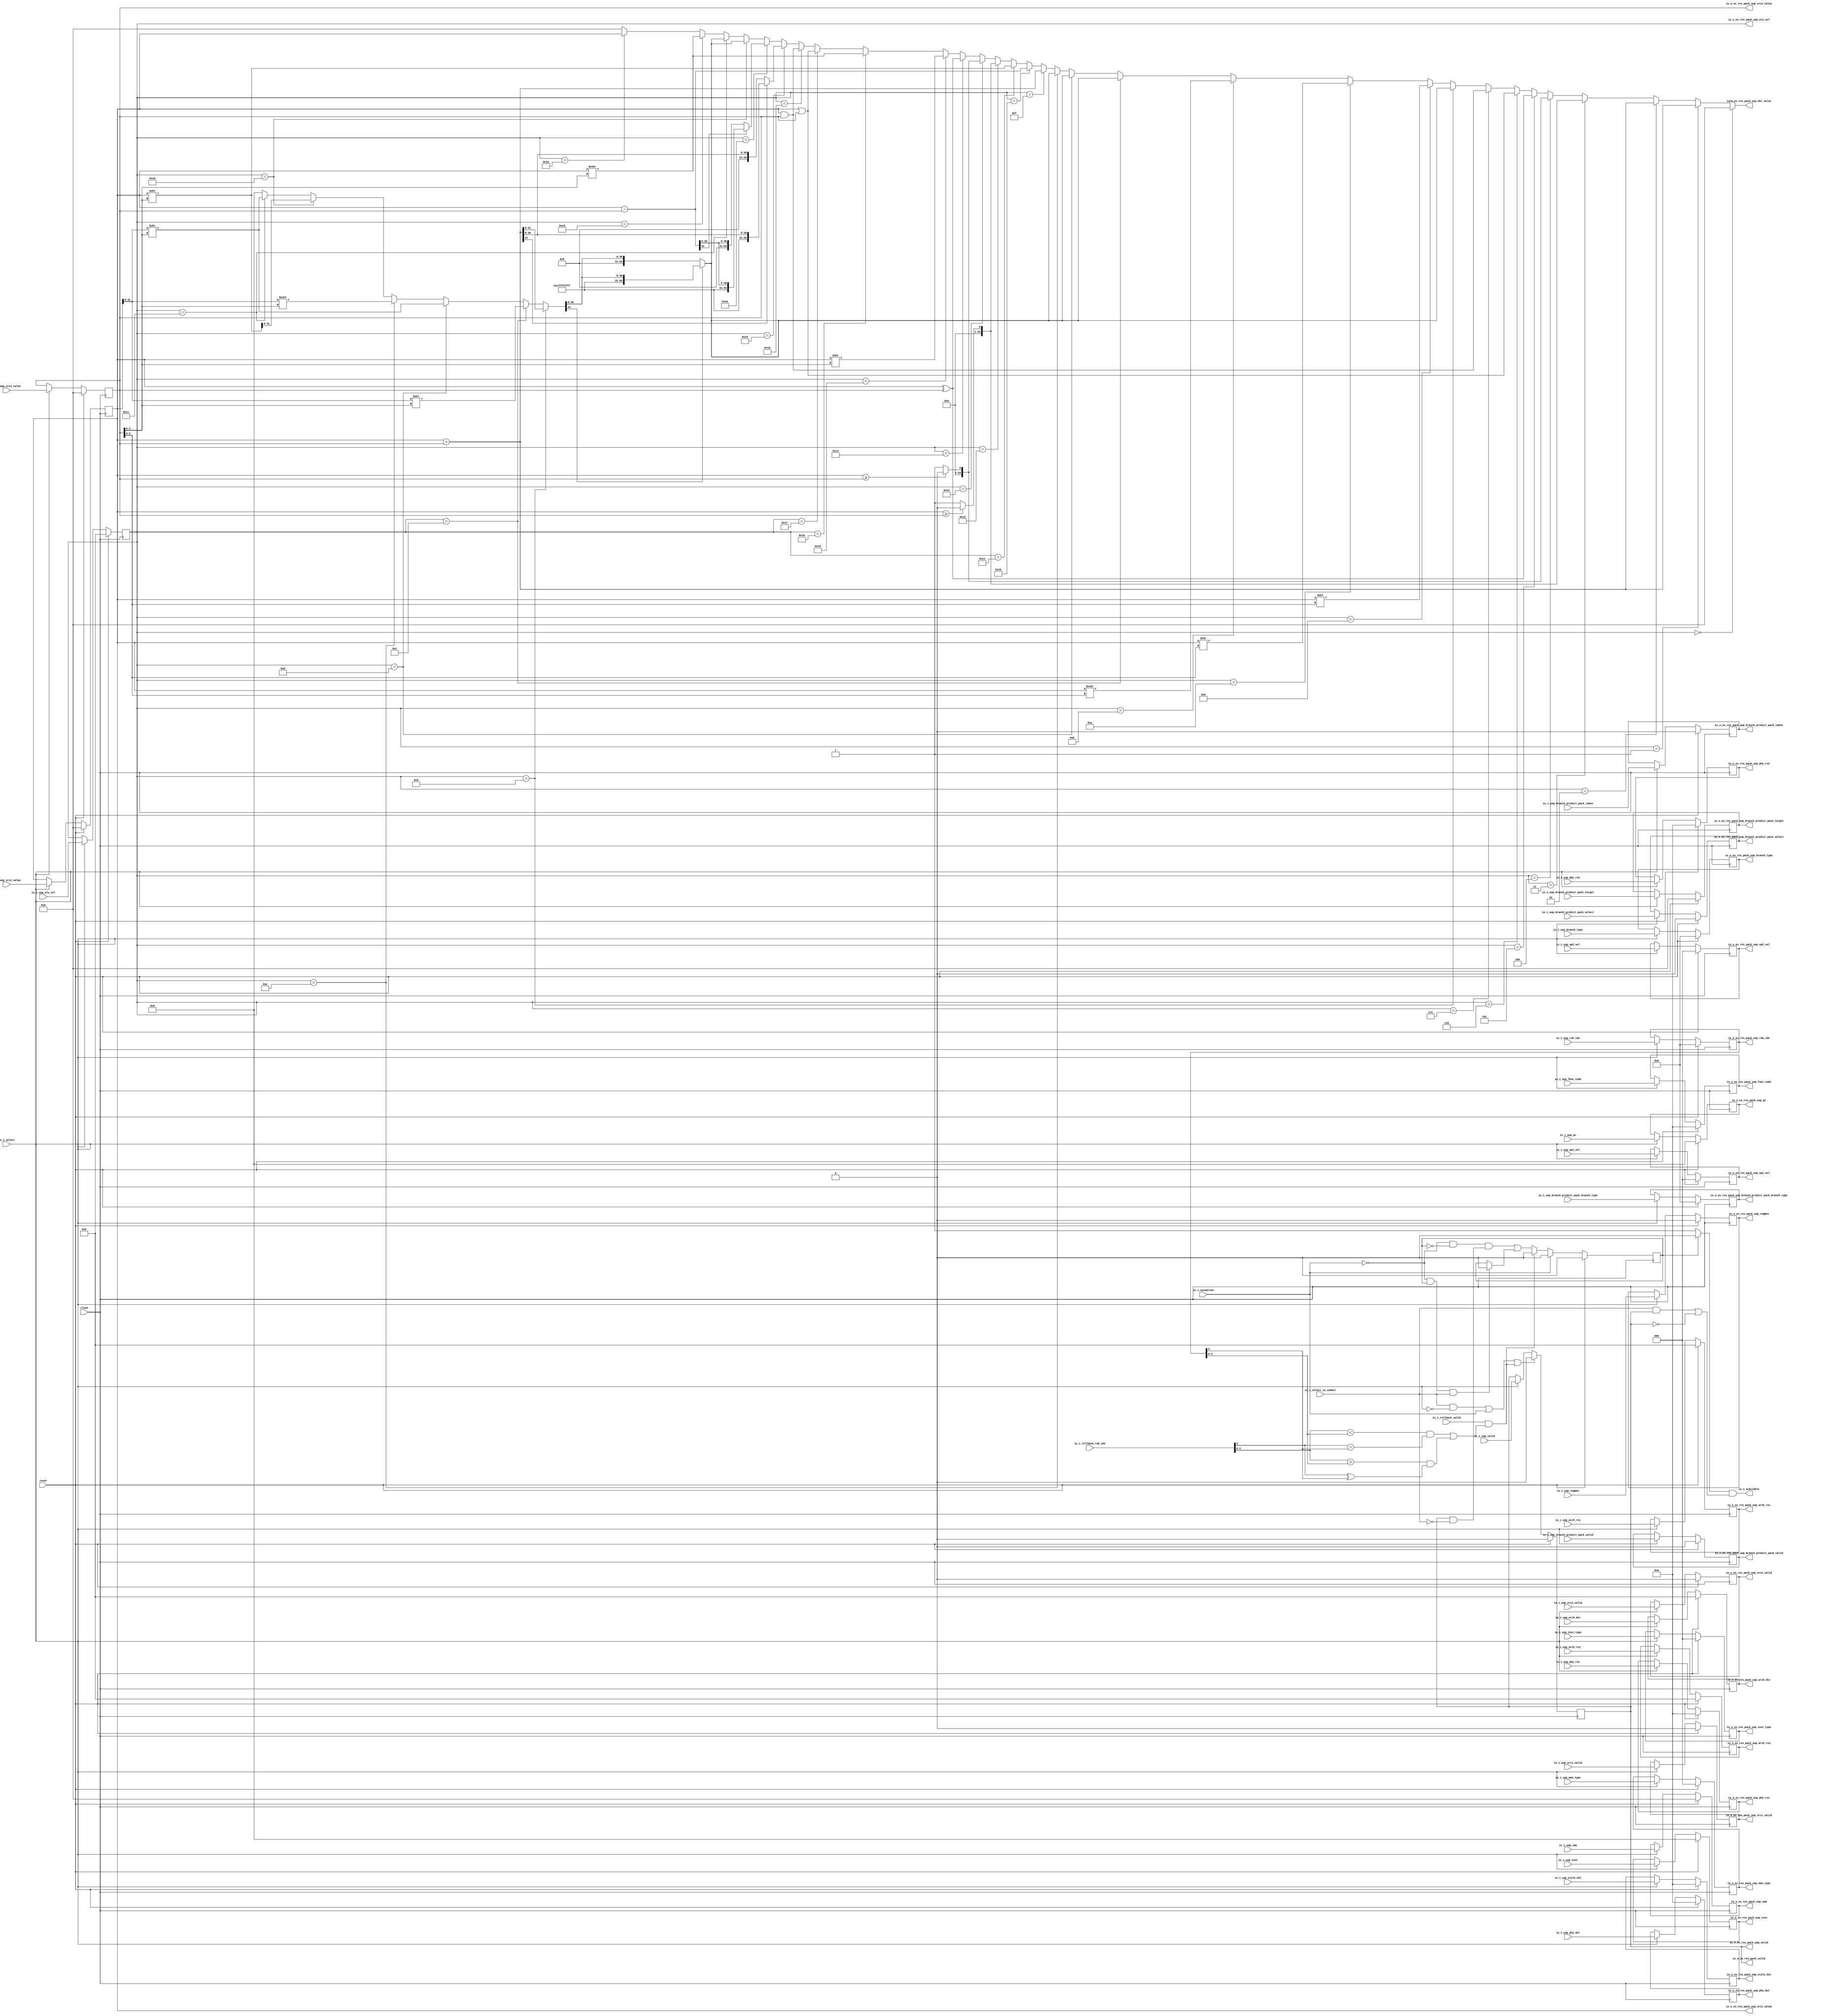
module ALU(
  input         clock,
  input         reset,
  input         io_i_uop_valid,
  input  [31:0] io_i_uop_pc,
  input  [31:0] io_i_uop_inst,
  input  [6:0]  io_i_uop_func_code,
  input         io_i_uop_branch_predict_pack_valid,
  input  [63:0] io_i_uop_branch_predict_pack_target,
  input  [3:0]  io_i_uop_branch_predict_pack_branch_type,
  input         io_i_uop_branch_predict_pack_select,
  input         io_i_uop_branch_predict_pack_taken,
  input  [6:0]  io_i_uop_phy_dst,
  input  [6:0]  io_i_uop_stale_dst,
  input  [4:0]  io_i_uop_arch_dst,
  input  [2:0]  io_i_uop_inst_type,
  input         io_i_uop_regWen,
  input         io_i_uop_src1_valid,
  input  [6:0]  io_i_uop_phy_rs1,
  input  [4:0]  io_i_uop_arch_rs1,
  input         io_i_uop_src2_valid,
  input  [6:0]  io_i_uop_phy_rs2,
  input  [4:0]  io_i_uop_arch_rs2,
  input  [3:0]  io_i_uop_rob_idx,
  input  [63:0] io_i_uop_imm,
  input  [63:0] io_i_uop_src1_value,
  input  [63:0] io_i_uop_src2_value,
  input  [2:0]  io_i_uop_op1_sel,
  input  [2:0]  io_i_uop_op2_sel,
  input  [4:0]  io_i_uop_alu_sel,
  input  [3:0]  io_i_uop_branch_type,
  input  [2:0]  io_i_uop_mem_type,
  input         io_i_select,
  input         io_i_select_to_commit,
  output        io_o_ex_res_pack_valid,
  output        io_o_ex_res_pack_uop_valid,
  output [31:0] io_o_ex_res_pack_uop_pc,
  output [31:0] io_o_ex_res_pack_uop_inst,
  output [6:0]  io_o_ex_res_pack_uop_func_code,
  output        io_o_ex_res_pack_uop_branch_predict_pack_valid,
  output [63:0] io_o_ex_res_pack_uop_branch_predict_pack_target,
  output [3:0]  io_o_ex_res_pack_uop_branch_predict_pack_branch_type,
  output        io_o_ex_res_pack_uop_branch_predict_pack_select,
  output        io_o_ex_res_pack_uop_branch_predict_pack_taken,
  output [6:0]  io_o_ex_res_pack_uop_phy_dst,
  output [6:0]  io_o_ex_res_pack_uop_stale_dst,
  output [4:0]  io_o_ex_res_pack_uop_arch_dst,
  output [2:0]  io_o_ex_res_pack_uop_inst_type,
  output        io_o_ex_res_pack_uop_regWen,
  output        io_o_ex_res_pack_uop_src1_valid,
  output [6:0]  io_o_ex_res_pack_uop_phy_rs1,
  output [4:0]  io_o_ex_res_pack_uop_arch_rs1,
  output        io_o_ex_res_pack_uop_src2_valid,
  output [6:0]  io_o_ex_res_pack_uop_phy_rs2,
  output [4:0]  io_o_ex_res_pack_uop_arch_rs2,
  output [3:0]  io_o_ex_res_pack_uop_rob_idx,
  output [63:0] io_o_ex_res_pack_uop_imm,
  output [63:0] io_o_ex_res_pack_uop_dst_value,
  output [63:0] io_o_ex_res_pack_uop_src1_value,
  output [63:0] io_o_ex_res_pack_uop_src2_value,
  output [2:0]  io_o_ex_res_pack_uop_op1_sel,
  output [2:0]  io_o_ex_res_pack_uop_op2_sel,
  output [4:0]  io_o_ex_res_pack_uop_alu_sel,
  output [3:0]  io_o_ex_res_pack_uop_branch_type,
  output [2:0]  io_o_ex_res_pack_uop_mem_type,
  output        io_o_available,
  input         io_i_exception,
  input         io_i_rollback_valid,
  input  [3:0]  io_i_rollback_rob_idx
);
`ifdef RANDOMIZE_REG_INIT
  reg [31:0] _RAND_0;
  reg [31:0] _RAND_1;
  reg [31:0] _RAND_2;
  reg [31:0] _RAND_3;
  reg [31:0] _RAND_4;
  reg [31:0] _RAND_5;
  reg [63:0] _RAND_6;
  reg [31:0] _RAND_7;
  reg [31:0] _RAND_8;
  reg [31:0] _RAND_9;
  reg [31:0] _RAND_10;
  reg [31:0] _RAND_11;
  reg [31:0] _RAND_12;
  reg [31:0] _RAND_13;
  reg [31:0] _RAND_14;
  reg [31:0] _RAND_15;
  reg [31:0] _RAND_16;
  reg [31:0] _RAND_17;
  reg [31:0] _RAND_18;
  reg [31:0] _RAND_19;
  reg [31:0] _RAND_20;
  reg [31:0] _RAND_21;
  reg [63:0] _RAND_22;
  reg [63:0] _RAND_23;
  reg [63:0] _RAND_24;
  reg [31:0] _RAND_25;
  reg [31:0] _RAND_26;
  reg [31:0] _RAND_27;
  reg [31:0] _RAND_28;
  reg [31:0] _RAND_29;
`endif // RANDOMIZE_REG_INIT
  reg  state; // @[execute_unit.scala 46:24]
  reg  uop_valid; // @[execute_unit.scala 49:22]
  reg [31:0] uop_pc; // @[execute_unit.scala 49:22]
  reg [31:0] uop_inst; // @[execute_unit.scala 49:22]
  reg [6:0] uop_func_code; // @[execute_unit.scala 49:22]
  reg  uop_branch_predict_pack_valid; // @[execute_unit.scala 49:22]
  reg [63:0] uop_branch_predict_pack_target; // @[execute_unit.scala 49:22]
  reg [3:0] uop_branch_predict_pack_branch_type; // @[execute_unit.scala 49:22]
  reg  uop_branch_predict_pack_select; // @[execute_unit.scala 49:22]
  reg  uop_branch_predict_pack_taken; // @[execute_unit.scala 49:22]
  reg [6:0] uop_phy_dst; // @[execute_unit.scala 49:22]
  reg [6:0] uop_stale_dst; // @[execute_unit.scala 49:22]
  reg [4:0] uop_arch_dst; // @[execute_unit.scala 49:22]
  reg [2:0] uop_inst_type; // @[execute_unit.scala 49:22]
  reg  uop_regWen; // @[execute_unit.scala 49:22]
  reg  uop_src1_valid; // @[execute_unit.scala 49:22]
  reg [6:0] uop_phy_rs1; // @[execute_unit.scala 49:22]
  reg [4:0] uop_arch_rs1; // @[execute_unit.scala 49:22]
  reg  uop_src2_valid; // @[execute_unit.scala 49:22]
  reg [6:0] uop_phy_rs2; // @[execute_unit.scala 49:22]
  reg [4:0] uop_arch_rs2; // @[execute_unit.scala 49:22]
  reg [3:0] uop_rob_idx; // @[execute_unit.scala 49:22]
  reg [63:0] uop_imm; // @[execute_unit.scala 49:22]
  reg [63:0] uop_src1_value; // @[execute_unit.scala 49:22]
  reg [63:0] uop_src2_value; // @[execute_unit.scala 49:22]
  reg [2:0] uop_op1_sel; // @[execute_unit.scala 49:22]
  reg [2:0] uop_op2_sel; // @[execute_unit.scala 49:22]
  reg [4:0] uop_alu_sel; // @[execute_unit.scala 49:22]
  reg [3:0] uop_branch_type; // @[execute_unit.scala 49:22]
  reg [2:0] uop_mem_type; // @[execute_unit.scala 49:22]
  wire  _T_16 = io_i_rollback_rob_idx[2:0] > uop_rob_idx[2:0] & (io_i_rollback_rob_idx[3] ^ uop_rob_idx[3]); // @[execute_unit.scala 55:90]
  wire  _T_18 = io_i_rollback_valid & (io_i_rollback_rob_idx[2:0] < uop_rob_idx[2:0] & io_i_rollback_rob_idx[3] ==
    uop_rob_idx[3] | _T_16); // @[execute_unit.scala 54:31]
  wire  _T_19 = io_i_select_to_commit & ~io_i_select | io_i_exception | _T_18; // @[execute_unit.scala 53:66]
  wire  _intermediate_T = uop_alu_sel == 5'h8; // @[execute_unit.scala 84:22]
  wire [63:0] _intermediate_T_2 = uop_src1_value + uop_src2_value; // @[execute_unit.scala 84:48]
  wire  _intermediate_T_4 = uop_alu_sel == 5'hc; // @[execute_unit.scala 85:22]
  wire [62:0] _GEN_0 = {{31'd0}, uop_src1_value[31:0]}; // @[execute_unit.scala 85:61]
  wire [62:0] _intermediate_T_7 = _GEN_0 << uop_src2_value[4:0]; // @[execute_unit.scala 85:61]
  wire  _intermediate_T_8 = uop_alu_sel == 5'hd; // @[execute_unit.scala 86:22]
  wire [31:0] _intermediate_T_11 = uop_src1_value[31:0] >> uop_src2_value[4:0]; // @[execute_unit.scala 86:61]
  wire  _intermediate_T_12 = uop_alu_sel == 5'he; // @[execute_unit.scala 87:22]
  wire [31:0] _intermediate_T_14 = uop_src1_value[31:0]; // @[execute_unit.scala 87:55]
  wire [31:0] _intermediate_T_17 = $signed(_intermediate_T_14) >>> uop_src2_value[4:0]; // @[execute_unit.scala 87:74]
  wire  _intermediate_T_18 = uop_alu_sel == 5'h1b; // @[execute_unit.scala 88:22]
  wire [94:0] _GEN_2 = {{31'd0}, uop_src1_value}; // @[execute_unit.scala 88:54]
  wire [94:0] _intermediate_T_21 = _GEN_2 << uop_src2_value[4:0]; // @[execute_unit.scala 88:54]
  wire  _intermediate_T_23 = uop_alu_sel == 5'h1c; // @[execute_unit.scala 89:22]
  wire [31:0] _intermediate_T_27 = _intermediate_T_23 ? _intermediate_T_11 : 32'h0; // @[Mux.scala 101:16]
  wire [31:0] _intermediate_T_28 = _intermediate_T_18 ? _intermediate_T_21[31:0] : _intermediate_T_27; // @[Mux.scala 101:16]
  wire [31:0] _intermediate_T_29 = _intermediate_T_12 ? _intermediate_T_17 : _intermediate_T_28; // @[Mux.scala 101:16]
  wire [31:0] _intermediate_T_30 = _intermediate_T_8 ? _intermediate_T_11 : _intermediate_T_29; // @[Mux.scala 101:16]
  wire [62:0] _intermediate_T_31 = _intermediate_T_4 ? _intermediate_T_7 : {{31'd0}, _intermediate_T_30}; // @[Mux.scala 101:16]
  wire [62:0] _intermediate_T_32 = _intermediate_T ? {{31'd0}, _intermediate_T_2[31:0]} : _intermediate_T_31; // @[Mux.scala 101:16]
  wire  _io_o_ex_res_pack_uop_dst_value_T = uop_alu_sel == 5'h0; // @[execute_unit.scala 93:22]
  wire  _io_o_ex_res_pack_uop_dst_value_T_1 = uop_alu_sel == 5'h1; // @[execute_unit.scala 94:22]
  wire  _io_o_ex_res_pack_uop_dst_value_T_4 = uop_alu_sel == 5'h2; // @[execute_unit.scala 95:22]
  wire  _io_o_ex_res_pack_uop_dst_value_T_7 = uop_alu_sel == 5'h3; // @[execute_unit.scala 96:22]
  wire  _io_o_ex_res_pack_uop_dst_value_T_11 = $signed(uop_src1_value) >= $signed(uop_src2_value) ? 1'h0 : 1'h1; // @[execute_unit.scala 96:46]
  wire  _io_o_ex_res_pack_uop_dst_value_T_12 = uop_alu_sel == 5'h4; // @[execute_unit.scala 97:22]
  wire  _io_o_ex_res_pack_uop_dst_value_T_14 = uop_src1_value >= uop_src2_value ? 1'h0 : 1'h1; // @[execute_unit.scala 97:45]
  wire  _io_o_ex_res_pack_uop_dst_value_T_15 = uop_alu_sel == 5'h5; // @[execute_unit.scala 98:22]
  wire [63:0] _io_o_ex_res_pack_uop_dst_value_T_16 = uop_src1_value ^ uop_src2_value; // @[execute_unit.scala 98:47]
  wire  _io_o_ex_res_pack_uop_dst_value_T_17 = uop_alu_sel == 5'h6; // @[execute_unit.scala 99:22]
  wire [63:0] _io_o_ex_res_pack_uop_dst_value_T_18 = uop_src1_value | uop_src2_value; // @[execute_unit.scala 99:47]
  wire  _io_o_ex_res_pack_uop_dst_value_T_19 = uop_alu_sel == 5'h7; // @[execute_unit.scala 100:22]
  wire [63:0] _io_o_ex_res_pack_uop_dst_value_T_20 = uop_src1_value & uop_src2_value; // @[execute_unit.scala 100:47]
  wire [63:0] intermediate = {{1'd0}, _intermediate_T_32}; // @[execute_unit.scala 82:28 83:18]
  wire [63:0] _io_o_ex_res_pack_uop_dst_value_T_26 = {32'hffffffff,intermediate[31:0]}; // @[Cat.scala 33:92]
  wire [63:0] _io_o_ex_res_pack_uop_dst_value_T_27 = ~intermediate[31] ? {{32'd0}, intermediate[31:0]} :
    _io_o_ex_res_pack_uop_dst_value_T_26; // @[execute_unit.scala 101:45]
  wire  _io_o_ex_res_pack_uop_dst_value_T_28 = uop_alu_sel == 5'h9; // @[execute_unit.scala 102:22]
  wire [126:0] _GEN_3 = {{63'd0}, uop_src1_value}; // @[execute_unit.scala 102:53]
  wire [126:0] _io_o_ex_res_pack_uop_dst_value_T_31 = _GEN_3 << uop_src2_value[5:0]; // @[execute_unit.scala 102:53]
  wire  _io_o_ex_res_pack_uop_dst_value_T_32 = uop_alu_sel == 5'ha; // @[execute_unit.scala 103:22]
  wire [63:0] _io_o_ex_res_pack_uop_dst_value_T_35 = uop_src1_value >> uop_src2_value[5:0]; // @[execute_unit.scala 103:60]
  wire  _io_o_ex_res_pack_uop_dst_value_T_36 = uop_alu_sel == 5'hb; // @[execute_unit.scala 104:22]
  wire [63:0] _io_o_ex_res_pack_uop_dst_value_T_41 = $signed(uop_src1_value) >>> uop_src2_value[5:0]; // @[execute_unit.scala 104:73]
  wire [63:0] _io_o_ex_res_pack_uop_dst_value_T_48 = intermediate[31] ? _io_o_ex_res_pack_uop_dst_value_T_26 : {{32
    'd0}, intermediate[31:0]}; // @[execute_unit.scala 105:45]
  wire  _io_o_ex_res_pack_uop_dst_value_T_63 = uop_alu_sel == 5'hf; // @[execute_unit.scala 108:22]
  wire  _io_o_ex_res_pack_uop_dst_value_T_66 = uop_alu_sel == 5'h10; // @[execute_unit.scala 109:22]
  wire [63:0] _io_o_ex_res_pack_uop_dst_value_T_68 = uop_src1_value - uop_src2_value; // @[execute_unit.scala 109:47]
  wire  _io_o_ex_res_pack_uop_dst_value_T_69 = uop_alu_sel == 5'h11; // @[execute_unit.scala 110:22]
  wire  _io_o_ex_res_pack_uop_dst_value_T_73 = uop_alu_sel == 5'h12; // @[execute_unit.scala 111:22]
  wire  _io_o_ex_res_pack_uop_dst_value_T_78 = uop_alu_sel == 5'h13; // @[execute_unit.scala 112:22]
  wire  _io_o_ex_res_pack_uop_dst_value_T_81 = uop_alu_sel == 5'h14; // @[execute_unit.scala 113:22]
  wire  _io_o_ex_res_pack_uop_dst_value_T_83 = uop_alu_sel == 5'h15; // @[execute_unit.scala 114:22]
  wire [63:0] _io_o_ex_res_pack_uop_dst_value_T_85 = uop_src1_value >> uop_src2_value[4:0]; // @[execute_unit.scala 114:54]
  wire  _io_o_ex_res_pack_uop_dst_value_T_86 = uop_alu_sel == 5'h16; // @[execute_unit.scala 115:22]
  wire [63:0] _io_o_ex_res_pack_uop_dst_value_T_90 = $signed(uop_src1_value) >>> uop_src2_value[4:0]; // @[execute_unit.scala 115:74]
  wire  _io_o_ex_res_pack_uop_dst_value_T_91 = uop_alu_sel == 5'h17; // @[execute_unit.scala 116:22]
  wire  _io_o_ex_res_pack_uop_dst_value_T_93 = uop_alu_sel == 5'h18; // @[execute_unit.scala 117:22]
  wire  _io_o_ex_res_pack_uop_dst_value_T_95 = uop_alu_sel == 5'h19; // @[execute_unit.scala 118:22]
  wire [63:0] _io_o_ex_res_pack_uop_dst_value_T_106 = {32'hffffffff,_intermediate_T_2[31:0]}; // @[Cat.scala 33:92]
  wire [63:0] _io_o_ex_res_pack_uop_dst_value_T_107 = ~_intermediate_T_2[31] ? {{32'd0}, _intermediate_T_2[31:0]} :
    _io_o_ex_res_pack_uop_dst_value_T_106; // @[execute_unit.scala 118:45]
  wire  _io_o_ex_res_pack_uop_dst_value_T_108 = uop_alu_sel == 5'h1a; // @[execute_unit.scala 119:22]
  wire [63:0] _io_o_ex_res_pack_uop_dst_value_T_119 = {32'hffffffff,_io_o_ex_res_pack_uop_dst_value_T_68[31:0]}; // @[Cat.scala 33:92]
  wire [63:0] _io_o_ex_res_pack_uop_dst_value_T_120 = ~_io_o_ex_res_pack_uop_dst_value_T_68[31] ? {{32'd0},
    _io_o_ex_res_pack_uop_dst_value_T_68[31:0]} : _io_o_ex_res_pack_uop_dst_value_T_119; // @[execute_unit.scala 119:45]
  wire  _io_o_ex_res_pack_uop_dst_value_T_135 = uop_alu_sel == 5'h1d; // @[execute_unit.scala 122:22]
  wire  _io_o_ex_res_pack_uop_dst_value_T_140 = uop_alu_sel == 5'h1e; // @[execute_unit.scala 123:22]
  wire [63:0] _io_o_ex_res_pack_uop_dst_value_T_141 = _io_o_ex_res_pack_uop_dst_value_T_140 ? uop_src1_value : 64'h0; // @[Mux.scala 101:16]
  wire [63:0] _io_o_ex_res_pack_uop_dst_value_T_142 = _io_o_ex_res_pack_uop_dst_value_T_135 ?
    _io_o_ex_res_pack_uop_dst_value_T_90 : _io_o_ex_res_pack_uop_dst_value_T_141; // @[Mux.scala 101:16]
  wire [63:0] _io_o_ex_res_pack_uop_dst_value_T_143 = _intermediate_T_23 ? _io_o_ex_res_pack_uop_dst_value_T_27 :
    _io_o_ex_res_pack_uop_dst_value_T_142; // @[Mux.scala 101:16]
  wire [63:0] _io_o_ex_res_pack_uop_dst_value_T_144 = _intermediate_T_18 ? _io_o_ex_res_pack_uop_dst_value_T_27 :
    _io_o_ex_res_pack_uop_dst_value_T_143; // @[Mux.scala 101:16]
  wire [63:0] _io_o_ex_res_pack_uop_dst_value_T_145 = _io_o_ex_res_pack_uop_dst_value_T_108 ?
    _io_o_ex_res_pack_uop_dst_value_T_120 : _io_o_ex_res_pack_uop_dst_value_T_144; // @[Mux.scala 101:16]
  wire [63:0] _io_o_ex_res_pack_uop_dst_value_T_146 = _io_o_ex_res_pack_uop_dst_value_T_95 ?
    _io_o_ex_res_pack_uop_dst_value_T_107 : _io_o_ex_res_pack_uop_dst_value_T_145; // @[Mux.scala 101:16]
  wire [63:0] _io_o_ex_res_pack_uop_dst_value_T_147 = _io_o_ex_res_pack_uop_dst_value_T_93 ?
    _io_o_ex_res_pack_uop_dst_value_T_20 : _io_o_ex_res_pack_uop_dst_value_T_146; // @[Mux.scala 101:16]
  wire [63:0] _io_o_ex_res_pack_uop_dst_value_T_148 = _io_o_ex_res_pack_uop_dst_value_T_91 ?
    _io_o_ex_res_pack_uop_dst_value_T_18 : _io_o_ex_res_pack_uop_dst_value_T_147; // @[Mux.scala 101:16]
  wire [63:0] _io_o_ex_res_pack_uop_dst_value_T_149 = _io_o_ex_res_pack_uop_dst_value_T_86 ?
    _io_o_ex_res_pack_uop_dst_value_T_90 : _io_o_ex_res_pack_uop_dst_value_T_148; // @[Mux.scala 101:16]
  wire [63:0] _io_o_ex_res_pack_uop_dst_value_T_150 = _io_o_ex_res_pack_uop_dst_value_T_83 ?
    _io_o_ex_res_pack_uop_dst_value_T_85 : _io_o_ex_res_pack_uop_dst_value_T_149; // @[Mux.scala 101:16]
  wire [63:0] _io_o_ex_res_pack_uop_dst_value_T_151 = _io_o_ex_res_pack_uop_dst_value_T_81 ?
    _io_o_ex_res_pack_uop_dst_value_T_16 : _io_o_ex_res_pack_uop_dst_value_T_150; // @[Mux.scala 101:16]
  wire [63:0] _io_o_ex_res_pack_uop_dst_value_T_152 = _io_o_ex_res_pack_uop_dst_value_T_78 ? {{63'd0},
    _io_o_ex_res_pack_uop_dst_value_T_14} : _io_o_ex_res_pack_uop_dst_value_T_151; // @[Mux.scala 101:16]
  wire [63:0] _io_o_ex_res_pack_uop_dst_value_T_153 = _io_o_ex_res_pack_uop_dst_value_T_73 ? {{63'd0},
    _io_o_ex_res_pack_uop_dst_value_T_11} : _io_o_ex_res_pack_uop_dst_value_T_152; // @[Mux.scala 101:16]
  wire [94:0] _io_o_ex_res_pack_uop_dst_value_T_154 = _io_o_ex_res_pack_uop_dst_value_T_69 ? _intermediate_T_21 : {{31
    'd0}, _io_o_ex_res_pack_uop_dst_value_T_153}; // @[Mux.scala 101:16]
  wire [94:0] _io_o_ex_res_pack_uop_dst_value_T_155 = _io_o_ex_res_pack_uop_dst_value_T_66 ? {{31'd0},
    _io_o_ex_res_pack_uop_dst_value_T_68} : _io_o_ex_res_pack_uop_dst_value_T_154; // @[Mux.scala 101:16]
  wire [94:0] _io_o_ex_res_pack_uop_dst_value_T_156 = _io_o_ex_res_pack_uop_dst_value_T_63 ? {{31'd0}, _intermediate_T_2
    } : _io_o_ex_res_pack_uop_dst_value_T_155; // @[Mux.scala 101:16]
  wire [94:0] _io_o_ex_res_pack_uop_dst_value_T_157 = _intermediate_T_12 ? {{31'd0},
    _io_o_ex_res_pack_uop_dst_value_T_48} : _io_o_ex_res_pack_uop_dst_value_T_156; // @[Mux.scala 101:16]
  wire [94:0] _io_o_ex_res_pack_uop_dst_value_T_158 = _intermediate_T_8 ? {{31'd0}, _io_o_ex_res_pack_uop_dst_value_T_48
    } : _io_o_ex_res_pack_uop_dst_value_T_157; // @[Mux.scala 101:16]
  wire [94:0] _io_o_ex_res_pack_uop_dst_value_T_159 = _intermediate_T_4 ? {{31'd0}, _io_o_ex_res_pack_uop_dst_value_T_48
    } : _io_o_ex_res_pack_uop_dst_value_T_158; // @[Mux.scala 101:16]
  wire [94:0] _io_o_ex_res_pack_uop_dst_value_T_160 = _io_o_ex_res_pack_uop_dst_value_T_36 ? {{31'd0},
    _io_o_ex_res_pack_uop_dst_value_T_41} : _io_o_ex_res_pack_uop_dst_value_T_159; // @[Mux.scala 101:16]
  wire [94:0] _io_o_ex_res_pack_uop_dst_value_T_161 = _io_o_ex_res_pack_uop_dst_value_T_32 ? {{31'd0},
    _io_o_ex_res_pack_uop_dst_value_T_35} : _io_o_ex_res_pack_uop_dst_value_T_160; // @[Mux.scala 101:16]
  wire [126:0] _io_o_ex_res_pack_uop_dst_value_T_162 = _io_o_ex_res_pack_uop_dst_value_T_28 ?
    _io_o_ex_res_pack_uop_dst_value_T_31 : {{32'd0}, _io_o_ex_res_pack_uop_dst_value_T_161}; // @[Mux.scala 101:16]
  wire [126:0] _io_o_ex_res_pack_uop_dst_value_T_163 = _intermediate_T ? {{63'd0}, _io_o_ex_res_pack_uop_dst_value_T_27}
     : _io_o_ex_res_pack_uop_dst_value_T_162; // @[Mux.scala 101:16]
  wire [126:0] _io_o_ex_res_pack_uop_dst_value_T_164 = _io_o_ex_res_pack_uop_dst_value_T_19 ? {{63'd0},
    _io_o_ex_res_pack_uop_dst_value_T_20} : _io_o_ex_res_pack_uop_dst_value_T_163; // @[Mux.scala 101:16]
  wire [126:0] _io_o_ex_res_pack_uop_dst_value_T_165 = _io_o_ex_res_pack_uop_dst_value_T_17 ? {{63'd0},
    _io_o_ex_res_pack_uop_dst_value_T_18} : _io_o_ex_res_pack_uop_dst_value_T_164; // @[Mux.scala 101:16]
  wire [126:0] _io_o_ex_res_pack_uop_dst_value_T_166 = _io_o_ex_res_pack_uop_dst_value_T_15 ? {{63'd0},
    _io_o_ex_res_pack_uop_dst_value_T_16} : _io_o_ex_res_pack_uop_dst_value_T_165; // @[Mux.scala 101:16]
  wire [126:0] _io_o_ex_res_pack_uop_dst_value_T_167 = _io_o_ex_res_pack_uop_dst_value_T_12 ? {{126'd0},
    _io_o_ex_res_pack_uop_dst_value_T_14} : _io_o_ex_res_pack_uop_dst_value_T_166; // @[Mux.scala 101:16]
  wire [126:0] _io_o_ex_res_pack_uop_dst_value_T_168 = _io_o_ex_res_pack_uop_dst_value_T_7 ? {{126'd0},
    _io_o_ex_res_pack_uop_dst_value_T_11} : _io_o_ex_res_pack_uop_dst_value_T_167; // @[Mux.scala 101:16]
  wire [126:0] _io_o_ex_res_pack_uop_dst_value_T_169 = _io_o_ex_res_pack_uop_dst_value_T_4 ? {{63'd0}, _intermediate_T_2
    } : _io_o_ex_res_pack_uop_dst_value_T_168; // @[Mux.scala 101:16]
  wire [126:0] _io_o_ex_res_pack_uop_dst_value_T_170 = _io_o_ex_res_pack_uop_dst_value_T_1 ? {{63'd0}, _intermediate_T_2
    } : _io_o_ex_res_pack_uop_dst_value_T_169; // @[Mux.scala 101:16]
  wire [126:0] _io_o_ex_res_pack_uop_dst_value_T_171 = _io_o_ex_res_pack_uop_dst_value_T ? 127'h0 :
    _io_o_ex_res_pack_uop_dst_value_T_170; // @[Mux.scala 101:16]
  wire  _next_state_T_16 = ~io_i_exception; // @[execute_unit.scala 130:10]
  wire  _next_state_T_21 = ~io_i_exception & ~state & (uop_valid & ~io_i_select_to_commit); // @[execute_unit.scala 130:50]
  wire  _next_state_T_25 = _next_state_T_16 & state & io_i_select_to_commit; // @[execute_unit.scala 131:50]
  wire  _next_state_T_26 = _next_state_T_25 ? 1'h0 : state; // @[Mux.scala 101:16]
  wire  _next_state_T_28 = _T_18 ? 1'h0 : _next_state_T_21 | _next_state_T_26; // @[Mux.scala 101:16]
  wire  _next_state_T_29 = io_i_exception ? 1'h0 : _next_state_T_28; // @[Mux.scala 101:16]
  wire  _io_o_available_T_1 = state ? 1'h0 : 1'h1; // @[execute_unit.scala 134:26]
  wire [1:0] next_state = {{1'd0}, _next_state_T_29}; // @[execute_unit.scala 126:16 47:26]
  wire [1:0] _GEN_1 = reset ? 2'h0 : next_state; // @[execute_unit.scala 46:{24,24} 48:11]
  assign io_o_ex_res_pack_valid = uop_valid; // @[execute_unit.scala 65:28]
  assign io_o_ex_res_pack_uop_valid = uop_valid; // @[execute_unit.scala 64:26]
  assign io_o_ex_res_pack_uop_pc = uop_pc; // @[execute_unit.scala 64:26]
  assign io_o_ex_res_pack_uop_inst = uop_inst; // @[execute_unit.scala 64:26]
  assign io_o_ex_res_pack_uop_func_code = uop_func_code; // @[execute_unit.scala 64:26]
  assign io_o_ex_res_pack_uop_branch_predict_pack_valid = uop_branch_predict_pack_valid; // @[execute_unit.scala 64:26]
  assign io_o_ex_res_pack_uop_branch_predict_pack_target = uop_branch_predict_pack_target; // @[execute_unit.scala 64:26]
  assign io_o_ex_res_pack_uop_branch_predict_pack_branch_type = uop_branch_predict_pack_branch_type; // @[execute_unit.scala 64:26]
  assign io_o_ex_res_pack_uop_branch_predict_pack_select = uop_branch_predict_pack_select; // @[execute_unit.scala 64:26]
  assign io_o_ex_res_pack_uop_branch_predict_pack_taken = uop_branch_predict_pack_taken; // @[execute_unit.scala 64:26]
  assign io_o_ex_res_pack_uop_phy_dst = uop_phy_dst; // @[execute_unit.scala 64:26]
  assign io_o_ex_res_pack_uop_stale_dst = uop_stale_dst; // @[execute_unit.scala 64:26]
  assign io_o_ex_res_pack_uop_arch_dst = uop_arch_dst; // @[execute_unit.scala 64:26]
  assign io_o_ex_res_pack_uop_inst_type = uop_inst_type; // @[execute_unit.scala 64:26]
  assign io_o_ex_res_pack_uop_regWen = uop_regWen; // @[execute_unit.scala 64:26]
  assign io_o_ex_res_pack_uop_src1_valid = uop_src1_valid; // @[execute_unit.scala 64:26]
  assign io_o_ex_res_pack_uop_phy_rs1 = uop_phy_rs1; // @[execute_unit.scala 64:26]
  assign io_o_ex_res_pack_uop_arch_rs1 = uop_arch_rs1; // @[execute_unit.scala 64:26]
  assign io_o_ex_res_pack_uop_src2_valid = uop_src2_valid; // @[execute_unit.scala 64:26]
  assign io_o_ex_res_pack_uop_phy_rs2 = uop_phy_rs2; // @[execute_unit.scala 64:26]
  assign io_o_ex_res_pack_uop_arch_rs2 = uop_arch_rs2; // @[execute_unit.scala 64:26]
  assign io_o_ex_res_pack_uop_rob_idx = uop_rob_idx; // @[execute_unit.scala 64:26]
  assign io_o_ex_res_pack_uop_imm = uop_imm; // @[execute_unit.scala 64:26]
  assign io_o_ex_res_pack_uop_dst_value = _io_o_ex_res_pack_uop_dst_value_T_171[63:0]; // @[execute_unit.scala 92:36]
  assign io_o_ex_res_pack_uop_src1_value = uop_src1_value; // @[execute_unit.scala 64:26]
  assign io_o_ex_res_pack_uop_src2_value = uop_src2_value; // @[execute_unit.scala 64:26]
  assign io_o_ex_res_pack_uop_op1_sel = uop_op1_sel; // @[execute_unit.scala 64:26]
  assign io_o_ex_res_pack_uop_op2_sel = uop_op2_sel; // @[execute_unit.scala 64:26]
  assign io_o_ex_res_pack_uop_alu_sel = uop_alu_sel; // @[execute_unit.scala 64:26]
  assign io_o_ex_res_pack_uop_branch_type = uop_branch_type; // @[execute_unit.scala 64:26]
  assign io_o_ex_res_pack_uop_mem_type = uop_mem_type; // @[execute_unit.scala 64:26]
  assign io_o_available = _io_o_available_T_1 & (io_i_select_to_commit & uop_valid | ~uop_valid); // @[execute_unit.scala 134:61]
  always @(posedge clock) begin
    state <= _GEN_1[0]; // @[execute_unit.scala 46:{24,24} 48:11]
    if (reset) begin // @[execute_unit.scala 49:22]
      uop_valid <= 1'h0; // @[execute_unit.scala 49:22]
    end else if (_T_19) begin // @[execute_unit.scala 55:165]
      uop_valid <= 1'h0; // @[execute_unit.scala 56:23]
    end else if (io_i_select) begin // @[execute_unit.scala 51:20]
      uop_valid <= io_i_uop_valid;
    end
    if (reset) begin // @[execute_unit.scala 49:22]
      uop_pc <= 32'h0; // @[execute_unit.scala 49:22]
    end else if (io_i_select) begin // @[execute_unit.scala 51:20]
      uop_pc <= io_i_uop_pc;
    end
    if (reset) begin // @[execute_unit.scala 49:22]
      uop_inst <= 32'h0; // @[execute_unit.scala 49:22]
    end else if (io_i_select) begin // @[execute_unit.scala 51:20]
      uop_inst <= io_i_uop_inst;
    end
    if (reset) begin // @[execute_unit.scala 49:22]
      uop_func_code <= 7'h0; // @[execute_unit.scala 49:22]
    end else if (io_i_select) begin // @[execute_unit.scala 51:20]
      uop_func_code <= io_i_uop_func_code;
    end
    if (reset) begin // @[execute_unit.scala 49:22]
      uop_branch_predict_pack_valid <= 1'h0; // @[execute_unit.scala 49:22]
    end else if (io_i_select) begin // @[execute_unit.scala 51:20]
      uop_branch_predict_pack_valid <= io_i_uop_branch_predict_pack_valid;
    end
    if (reset) begin // @[execute_unit.scala 49:22]
      uop_branch_predict_pack_target <= 64'h0; // @[execute_unit.scala 49:22]
    end else if (io_i_select) begin // @[execute_unit.scala 51:20]
      uop_branch_predict_pack_target <= io_i_uop_branch_predict_pack_target;
    end
    if (reset) begin // @[execute_unit.scala 49:22]
      uop_branch_predict_pack_branch_type <= 4'h0; // @[execute_unit.scala 49:22]
    end else if (io_i_select) begin // @[execute_unit.scala 51:20]
      uop_branch_predict_pack_branch_type <= io_i_uop_branch_predict_pack_branch_type;
    end
    if (reset) begin // @[execute_unit.scala 49:22]
      uop_branch_predict_pack_select <= 1'h0; // @[execute_unit.scala 49:22]
    end else if (io_i_select) begin // @[execute_unit.scala 51:20]
      uop_branch_predict_pack_select <= io_i_uop_branch_predict_pack_select;
    end
    if (reset) begin // @[execute_unit.scala 49:22]
      uop_branch_predict_pack_taken <= 1'h0; // @[execute_unit.scala 49:22]
    end else if (io_i_select) begin // @[execute_unit.scala 51:20]
      uop_branch_predict_pack_taken <= io_i_uop_branch_predict_pack_taken;
    end
    if (reset) begin // @[execute_unit.scala 49:22]
      uop_phy_dst <= 7'h0; // @[execute_unit.scala 49:22]
    end else if (io_i_select) begin // @[execute_unit.scala 51:20]
      uop_phy_dst <= io_i_uop_phy_dst;
    end
    if (reset) begin // @[execute_unit.scala 49:22]
      uop_stale_dst <= 7'h0; // @[execute_unit.scala 49:22]
    end else if (io_i_select) begin // @[execute_unit.scala 51:20]
      uop_stale_dst <= io_i_uop_stale_dst;
    end
    if (reset) begin // @[execute_unit.scala 49:22]
      uop_arch_dst <= 5'h0; // @[execute_unit.scala 49:22]
    end else if (io_i_select) begin // @[execute_unit.scala 51:20]
      uop_arch_dst <= io_i_uop_arch_dst;
    end
    if (reset) begin // @[execute_unit.scala 49:22]
      uop_inst_type <= 3'h0; // @[execute_unit.scala 49:22]
    end else if (io_i_select) begin // @[execute_unit.scala 51:20]
      uop_inst_type <= io_i_uop_inst_type;
    end
    if (reset) begin // @[execute_unit.scala 49:22]
      uop_regWen <= 1'h0; // @[execute_unit.scala 49:22]
    end else if (io_i_select) begin // @[execute_unit.scala 51:20]
      uop_regWen <= io_i_uop_regWen;
    end
    if (reset) begin // @[execute_unit.scala 49:22]
      uop_src1_valid <= 1'h0; // @[execute_unit.scala 49:22]
    end else if (io_i_select) begin // @[execute_unit.scala 51:20]
      uop_src1_valid <= io_i_uop_src1_valid;
    end
    if (reset) begin // @[execute_unit.scala 49:22]
      uop_phy_rs1 <= 7'h0; // @[execute_unit.scala 49:22]
    end else if (io_i_select) begin // @[execute_unit.scala 51:20]
      uop_phy_rs1 <= io_i_uop_phy_rs1;
    end
    if (reset) begin // @[execute_unit.scala 49:22]
      uop_arch_rs1 <= 5'h0; // @[execute_unit.scala 49:22]
    end else if (io_i_select) begin // @[execute_unit.scala 51:20]
      uop_arch_rs1 <= io_i_uop_arch_rs1;
    end
    if (reset) begin // @[execute_unit.scala 49:22]
      uop_src2_valid <= 1'h0; // @[execute_unit.scala 49:22]
    end else if (io_i_select) begin // @[execute_unit.scala 51:20]
      uop_src2_valid <= io_i_uop_src2_valid;
    end
    if (reset) begin // @[execute_unit.scala 49:22]
      uop_phy_rs2 <= 7'h0; // @[execute_unit.scala 49:22]
    end else if (io_i_select) begin // @[execute_unit.scala 51:20]
      uop_phy_rs2 <= io_i_uop_phy_rs2;
    end
    if (reset) begin // @[execute_unit.scala 49:22]
      uop_arch_rs2 <= 5'h0; // @[execute_unit.scala 49:22]
    end else if (io_i_select) begin // @[execute_unit.scala 51:20]
      uop_arch_rs2 <= io_i_uop_arch_rs2;
    end
    if (reset) begin // @[execute_unit.scala 49:22]
      uop_rob_idx <= 4'h0; // @[execute_unit.scala 49:22]
    end else if (io_i_select) begin // @[execute_unit.scala 51:20]
      uop_rob_idx <= io_i_uop_rob_idx;
    end
    if (reset) begin // @[execute_unit.scala 49:22]
      uop_imm <= 64'h0; // @[execute_unit.scala 49:22]
    end else if (io_i_select) begin // @[execute_unit.scala 51:20]
      uop_imm <= io_i_uop_imm;
    end
    if (reset) begin // @[execute_unit.scala 49:22]
      uop_src1_value <= 64'h0; // @[execute_unit.scala 49:22]
    end else if (io_i_select) begin // @[execute_unit.scala 51:20]
      uop_src1_value <= io_i_uop_src1_value;
    end
    if (reset) begin // @[execute_unit.scala 49:22]
      uop_src2_value <= 64'h0; // @[execute_unit.scala 49:22]
    end else if (io_i_select) begin // @[execute_unit.scala 51:20]
      uop_src2_value <= io_i_uop_src2_value;
    end
    if (reset) begin // @[execute_unit.scala 49:22]
      uop_op1_sel <= 3'h0; // @[execute_unit.scala 49:22]
    end else if (io_i_select) begin // @[execute_unit.scala 51:20]
      uop_op1_sel <= io_i_uop_op1_sel;
    end
    if (reset) begin // @[execute_unit.scala 49:22]
      uop_op2_sel <= 3'h0; // @[execute_unit.scala 49:22]
    end else if (io_i_select) begin // @[execute_unit.scala 51:20]
      uop_op2_sel <= io_i_uop_op2_sel;
    end
    if (reset) begin // @[execute_unit.scala 49:22]
      uop_alu_sel <= 5'h0; // @[execute_unit.scala 49:22]
    end else if (io_i_select) begin // @[execute_unit.scala 51:20]
      uop_alu_sel <= io_i_uop_alu_sel;
    end
    if (reset) begin // @[execute_unit.scala 49:22]
      uop_branch_type <= 4'h0; // @[execute_unit.scala 49:22]
    end else if (io_i_select) begin // @[execute_unit.scala 51:20]
      uop_branch_type <= io_i_uop_branch_type;
    end
    if (reset) begin // @[execute_unit.scala 49:22]
      uop_mem_type <= 3'h0; // @[execute_unit.scala 49:22]
    end else if (io_i_select) begin // @[execute_unit.scala 51:20]
      uop_mem_type <= io_i_uop_mem_type;
    end
    `ifndef SYNTHESIS
    `ifdef PRINTF_COND
      if (`PRINTF_COND) begin
    `endif
        if (~reset & ~(uop_func_code == 7'h1 | uop_func_code == 7'h0)) begin
          $fwrite(32'h80000002,
            "Assertion failed: funccode is not alu\n    at execute_unit.scala:61 assert(uop.func_code ===FU_ALU || uop.func_code===0.U,\"funccode is not alu\")\n"
            ); // @[execute_unit.scala 61:11]
        end
    `ifdef PRINTF_COND
      end
    `endif
    `endif // SYNTHESIS
    `ifndef SYNTHESIS
    `ifdef STOP_COND
      if (`STOP_COND) begin
    `endif
        if (~reset & ~(uop_func_code == 7'h1 | uop_func_code == 7'h0)) begin
          $fatal; // @[execute_unit.scala 61:11]
        end
    `ifdef STOP_COND
      end
    `endif
    `endif // SYNTHESIS
  end
// Register and memory initialization
`ifdef RANDOMIZE_GARBAGE_ASSIGN
`define RANDOMIZE
`endif
`ifdef RANDOMIZE_INVALID_ASSIGN
`define RANDOMIZE
`endif
`ifdef RANDOMIZE_REG_INIT
`define RANDOMIZE
`endif
`ifdef RANDOMIZE_MEM_INIT
`define RANDOMIZE
`endif
`ifndef RANDOM
`define RANDOM $random
`endif
`ifdef RANDOMIZE_MEM_INIT
  integer initvar;
`endif
`ifndef SYNTHESIS
`ifdef FIRRTL_BEFORE_INITIAL
`FIRRTL_BEFORE_INITIAL
`endif
initial begin
  `ifdef RANDOMIZE
    `ifdef INIT_RANDOM
      `INIT_RANDOM
    `endif
    `ifndef VERILATOR
      `ifdef RANDOMIZE_DELAY
        #`RANDOMIZE_DELAY begin end
      `else
        #0.002 begin end
      `endif
    `endif
`ifdef RANDOMIZE_REG_INIT
  _RAND_0 = {1{`RANDOM}};
  state = _RAND_0[0:0];
  _RAND_1 = {1{`RANDOM}};
  uop_valid = _RAND_1[0:0];
  _RAND_2 = {1{`RANDOM}};
  uop_pc = _RAND_2[31:0];
  _RAND_3 = {1{`RANDOM}};
  uop_inst = _RAND_3[31:0];
  _RAND_4 = {1{`RANDOM}};
  uop_func_code = _RAND_4[6:0];
  _RAND_5 = {1{`RANDOM}};
  uop_branch_predict_pack_valid = _RAND_5[0:0];
  _RAND_6 = {2{`RANDOM}};
  uop_branch_predict_pack_target = _RAND_6[63:0];
  _RAND_7 = {1{`RANDOM}};
  uop_branch_predict_pack_branch_type = _RAND_7[3:0];
  _RAND_8 = {1{`RANDOM}};
  uop_branch_predict_pack_select = _RAND_8[0:0];
  _RAND_9 = {1{`RANDOM}};
  uop_branch_predict_pack_taken = _RAND_9[0:0];
  _RAND_10 = {1{`RANDOM}};
  uop_phy_dst = _RAND_10[6:0];
  _RAND_11 = {1{`RANDOM}};
  uop_stale_dst = _RAND_11[6:0];
  _RAND_12 = {1{`RANDOM}};
  uop_arch_dst = _RAND_12[4:0];
  _RAND_13 = {1{`RANDOM}};
  uop_inst_type = _RAND_13[2:0];
  _RAND_14 = {1{`RANDOM}};
  uop_regWen = _RAND_14[0:0];
  _RAND_15 = {1{`RANDOM}};
  uop_src1_valid = _RAND_15[0:0];
  _RAND_16 = {1{`RANDOM}};
  uop_phy_rs1 = _RAND_16[6:0];
  _RAND_17 = {1{`RANDOM}};
  uop_arch_rs1 = _RAND_17[4:0];
  _RAND_18 = {1{`RANDOM}};
  uop_src2_valid = _RAND_18[0:0];
  _RAND_19 = {1{`RANDOM}};
  uop_phy_rs2 = _RAND_19[6:0];
  _RAND_20 = {1{`RANDOM}};
  uop_arch_rs2 = _RAND_20[4:0];
  _RAND_21 = {1{`RANDOM}};
  uop_rob_idx = _RAND_21[3:0];
  _RAND_22 = {2{`RANDOM}};
  uop_imm = _RAND_22[63:0];
  _RAND_23 = {2{`RANDOM}};
  uop_src1_value = _RAND_23[63:0];
  _RAND_24 = {2{`RANDOM}};
  uop_src2_value = _RAND_24[63:0];
  _RAND_25 = {1{`RANDOM}};
  uop_op1_sel = _RAND_25[2:0];
  _RAND_26 = {1{`RANDOM}};
  uop_op2_sel = _RAND_26[2:0];
  _RAND_27 = {1{`RANDOM}};
  uop_alu_sel = _RAND_27[4:0];
  _RAND_28 = {1{`RANDOM}};
  uop_branch_type = _RAND_28[3:0];
  _RAND_29 = {1{`RANDOM}};
  uop_mem_type = _RAND_29[2:0];
`endif // RANDOMIZE_REG_INIT
  `endif // RANDOMIZE
end // initial
`ifdef FIRRTL_AFTER_INITIAL
`FIRRTL_AFTER_INITIAL
`endif
`endif // SYNTHESIS
endmodule